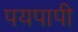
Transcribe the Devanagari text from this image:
पयपापी